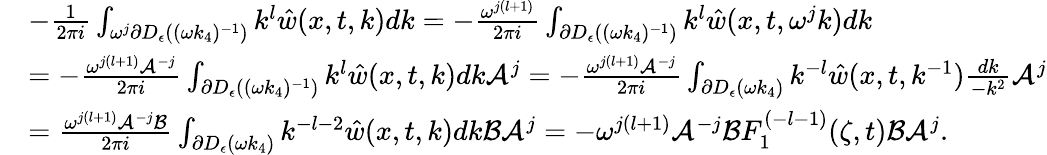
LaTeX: \begin{array}{rl}&{-\frac{1}{2\pi i}\int_{\omega^{j}\partial D_{\epsilon}((\omega k_{4})^{-1})}k^{l}\hat{w}(x,t,k)dk=-\frac{\omega^{j(l+1)}}{2\pi i}\int_{\partial D_{\epsilon}((\omega k_{4})^{-1})}k^{l}\hat{w}(x,t,\omega^{j}k)dk}\\ &{=-\frac{\omega^{j(l+1)}\mathcal{A}^{-j}}{2\pi i}\int_{\partial D_{\epsilon}((\omega k_{4})^{-1})}k^{l}\hat{w}(x,t,k)dk\mathcal{A}^{j}=-\frac{\omega^{j(l+1)}\mathcal{A}^{-j}}{2\pi i}\int_{\partial D_{\epsilon}(\omega k_{4})}k^{-l}\hat{w}(x,t,k^{-1})\frac{dk}{-k^{2}}\mathcal{A}^{j}}\\ &{=\frac{\omega^{j(l+1)}\mathcal{A}^{-j}\mathcal{B}}{2\pi i}\int_{\partial D_{\epsilon}(\omega k_{4})}k^{-l-2}\hat{w}(x,t,k)dk\mathcal{B}\mathcal{A}^{j}=-\omega^{j(l+1)}\mathcal{A}^{-j}\mathcal{B}F_{1}^{(-l-1)}(\zeta,t)\mathcal{B}\mathcal{A}^{j}.}\end{array}